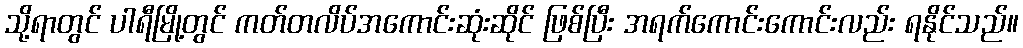
သို့ရာတွင် ပါရီမြို့တွင် ကတ်တလိပ်အကောင်းဆုံးဆိုင် ဖြစ်ပြီး အရက်ကောင်းကောင်းလည်း ရနိုင်သည်။